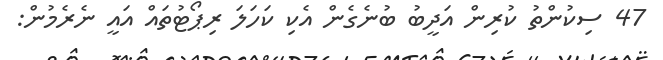
47 ސިކުންތު ކުރިން އަދީބު ބުނެގެން އެކި ކަހަލަ ރިޕޯޓުތައް އައީ ނެރެމުން: